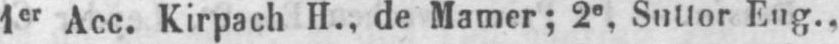
1er Acc. Kirpach H., de Mamer, 2e Suttor Eug.,